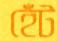
হেঁট